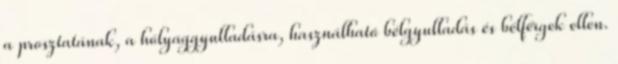
a prosztatának, a hólyaggyulladásra, használható bélgyulladás és bélférgek ellen.